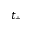
t _ { + }